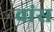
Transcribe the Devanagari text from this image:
वांस